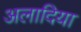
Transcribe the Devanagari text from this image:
अलादिया